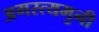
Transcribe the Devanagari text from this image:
अगस्त्यमुनी